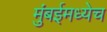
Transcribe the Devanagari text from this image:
मुंबईमध्येच